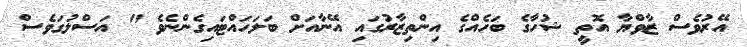
އޭރުވެސް ޒާވްޔާ އޮތީ ޝުހާގެ ބަހެއްގެ އިންތިޒާރުގައި އޭނާއަށް ބަލަހައްޓައިގެންނެވެ " އަސްލުގަވެސް